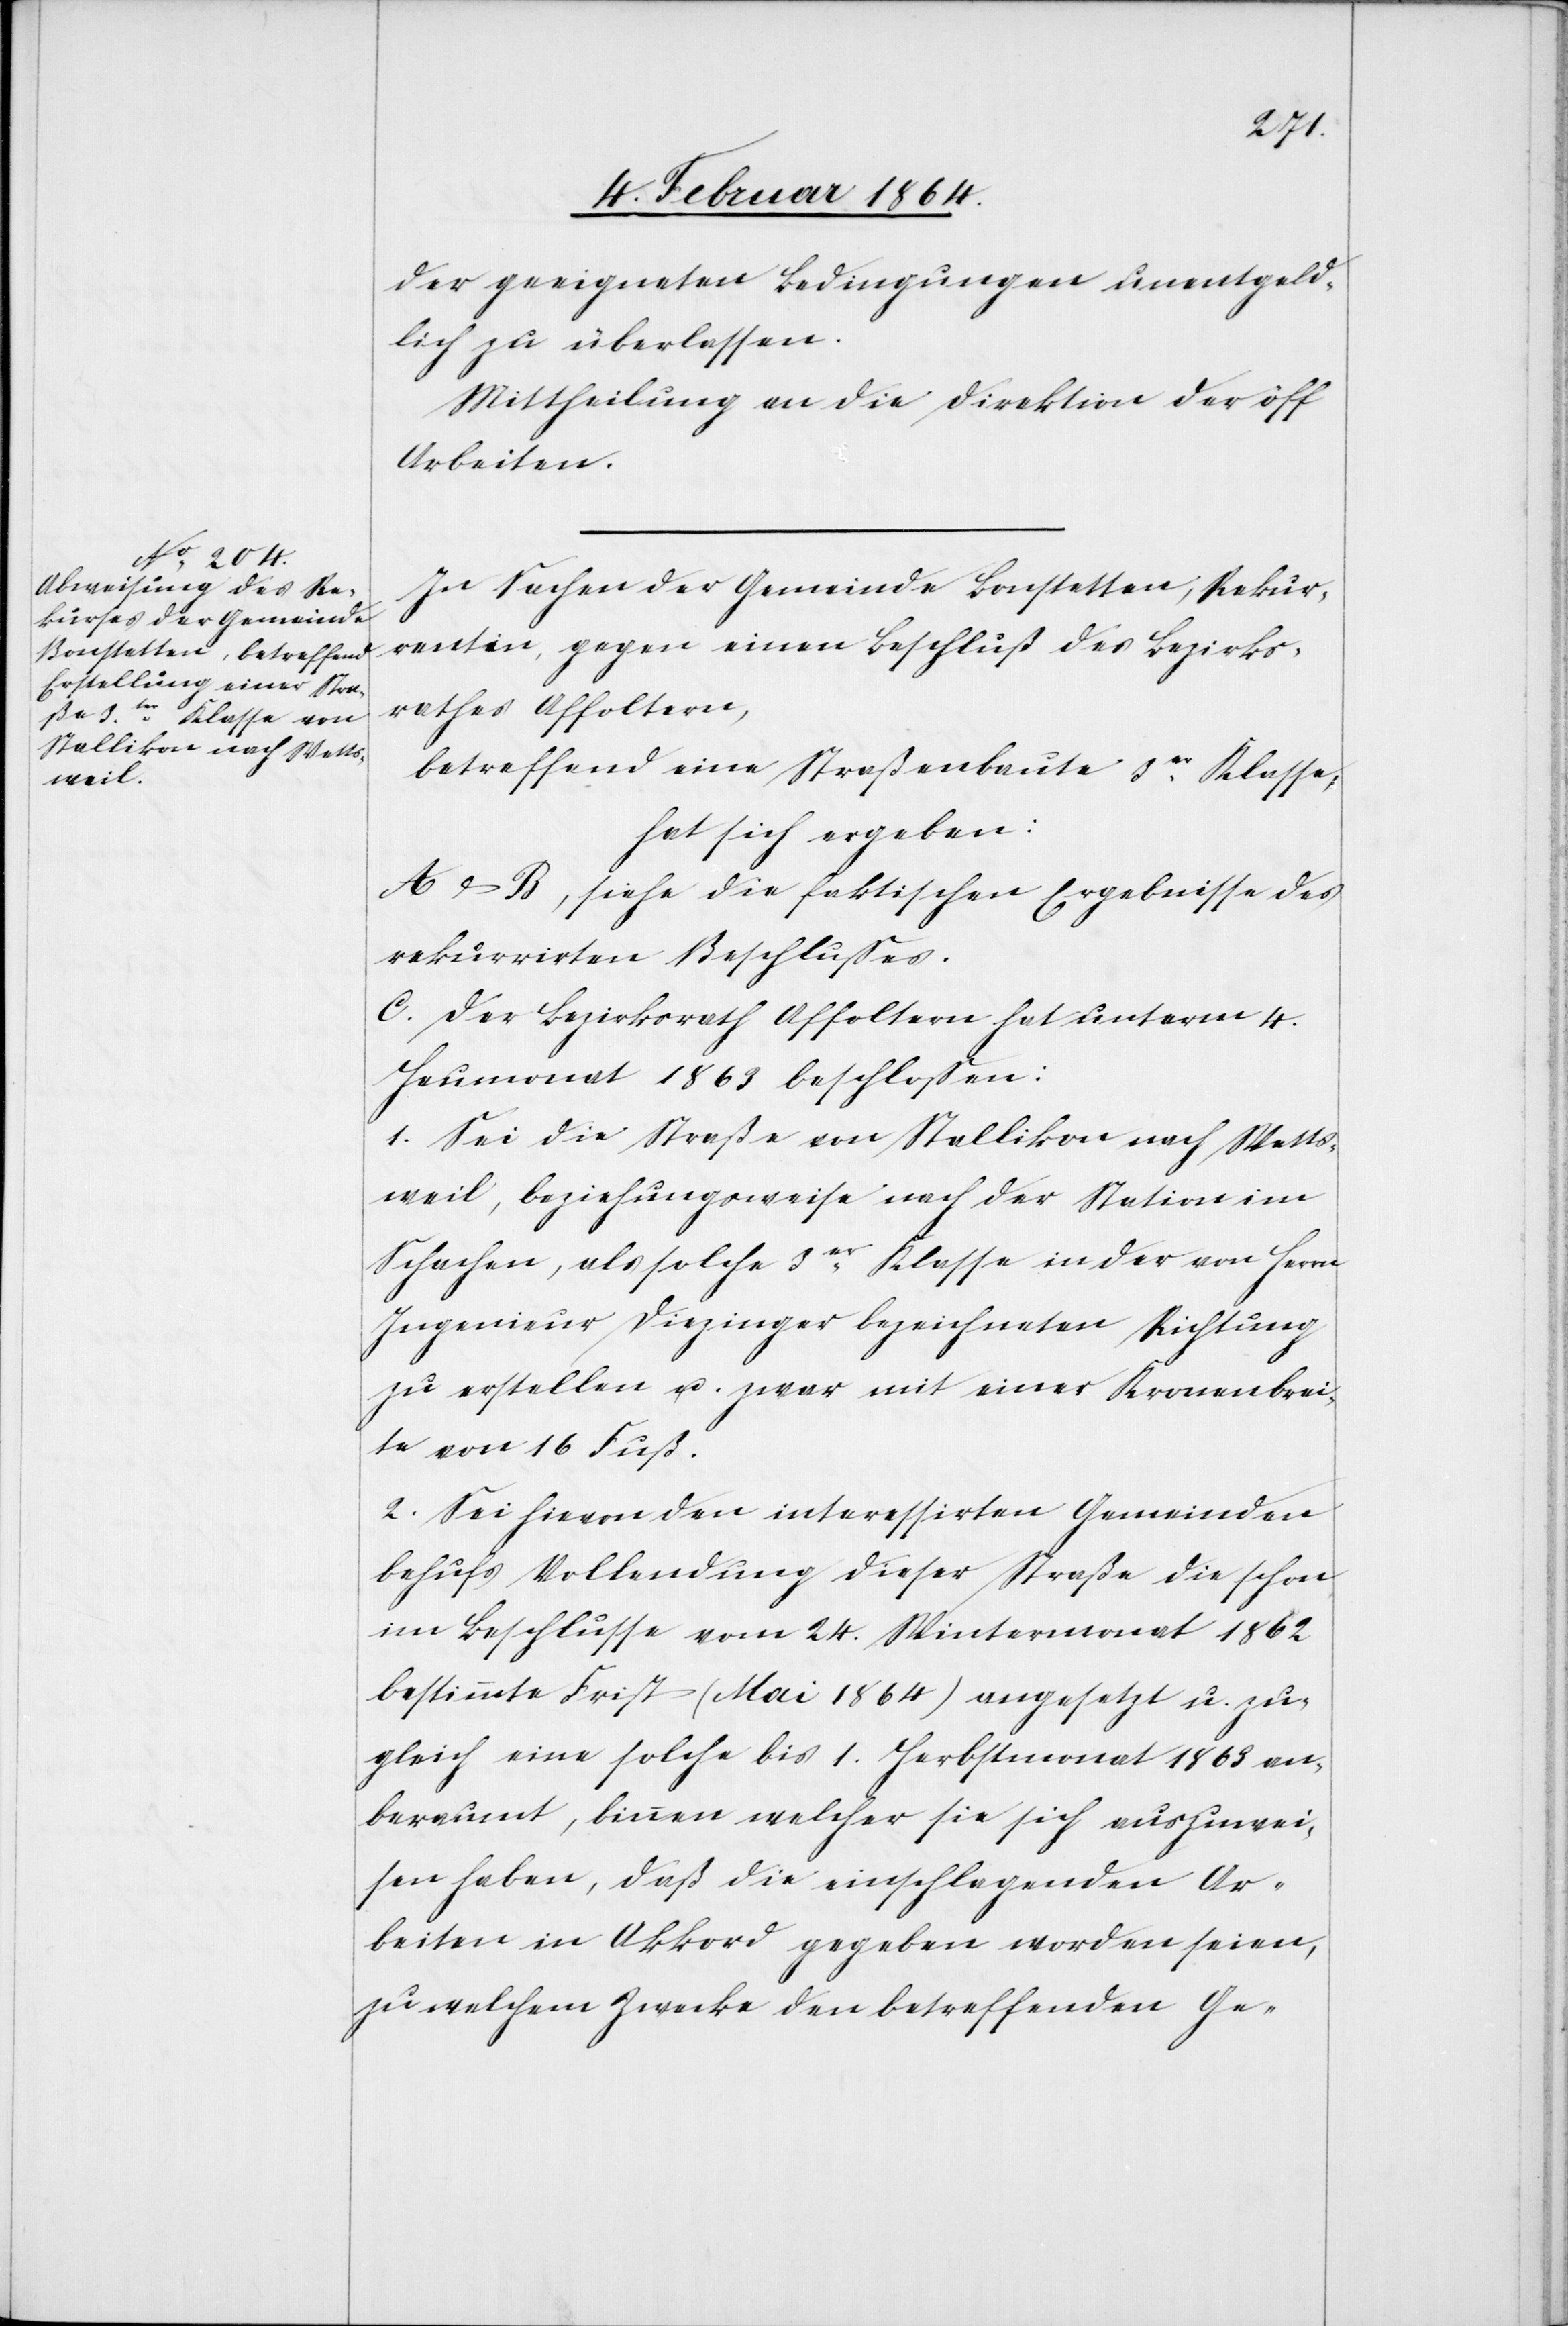
der geeigneten Bedingungen unentgeld¬
lich zu überlassen.
Mittheilung an die Direktion der öff
Arbeiten.
In Sachen der Gemeinde Bonstetten, Rekur¬
rentin, gegen einen Beschluß des Bezirks¬
rathes Affoltern,
betreffend eine Straßenbaute 3er Klasse,
hat sich ergeben:
A & B, siehe die faktischen Ergebnisse des
rekurrirten Beschlusses.
C. Der Bezirksrath Affoltern hat unterm 4.
Heumonat 1863 beschlossen:
1. Sei die Straße von Stallikon nach Wetts¬
weil, beziehungsweise nach der Station im
Schachen, als solche 3er Klasse in der von Herrn
Ingenieur Diezinger bezeichneten Richtung
zu erstellen u. zwar mit einer Kronenbrei¬
te von 16 Fuß.
2. Sei hievon den interessirten Gemeinden
behufs Vollendung dieser Straße die schon
im Beschlusse vom 24. Wintermonat 1862
bestimmte Frist (Mai 1864) angesetzt u. zu¬
gleich eine solche bis 1. Herbstmonat 1863 an¬
beraumt, binnen welcher sie sich auszuwei¬
sen haben, daß die einschlagenden Ar¬
beiten in Akkord gegeben worden seien,
zu welchem Zwecke den betreffenden Ge-